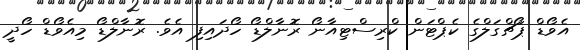
އެވޯޑް ޕޯޗްގަލްގެ ކެޕްޓަން ކްރިސްޓިއާނޯ ރޮނާލްޑޯ ހޯދައިފި އެވެ. ރޮނާލްޑޯ މިއެވޯޑް ހޯދީ